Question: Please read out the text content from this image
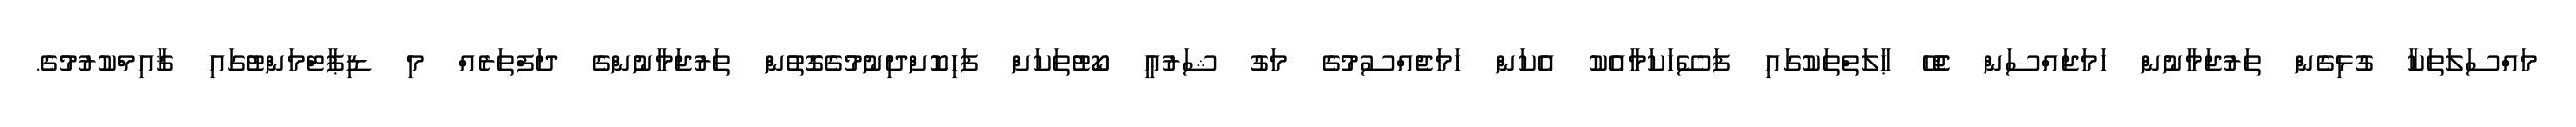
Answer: މައްސަލަތަކާ ގުޅިގެން ތަރުޖަމާނުން ހަމަޖައްސަން ޖެހޭ ޙާލަތްތަކުގައި ފަސޭހަކަމާއެކު އެކަން ހަމަޖެއްސުމުގެ މަގު ޝަރުޢީ ކޯޓުތަކަށް ފަހިކޮށްދިނުމުގެގޮތުން ތަރުޖަމާނުންގެ ދަފްތަރެއް މި ޑިޕާޓްމަންޓުގައި ޤާއިމްކުރުމުގެ.